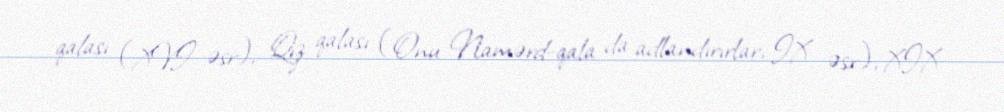
qalası (XVI əsr), Qız qalası (Onu Namərd-qala da adlandırırlar, IX əsr), XIX